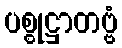
ပစ္စုဋ္ဌာတဗ္ဗံ